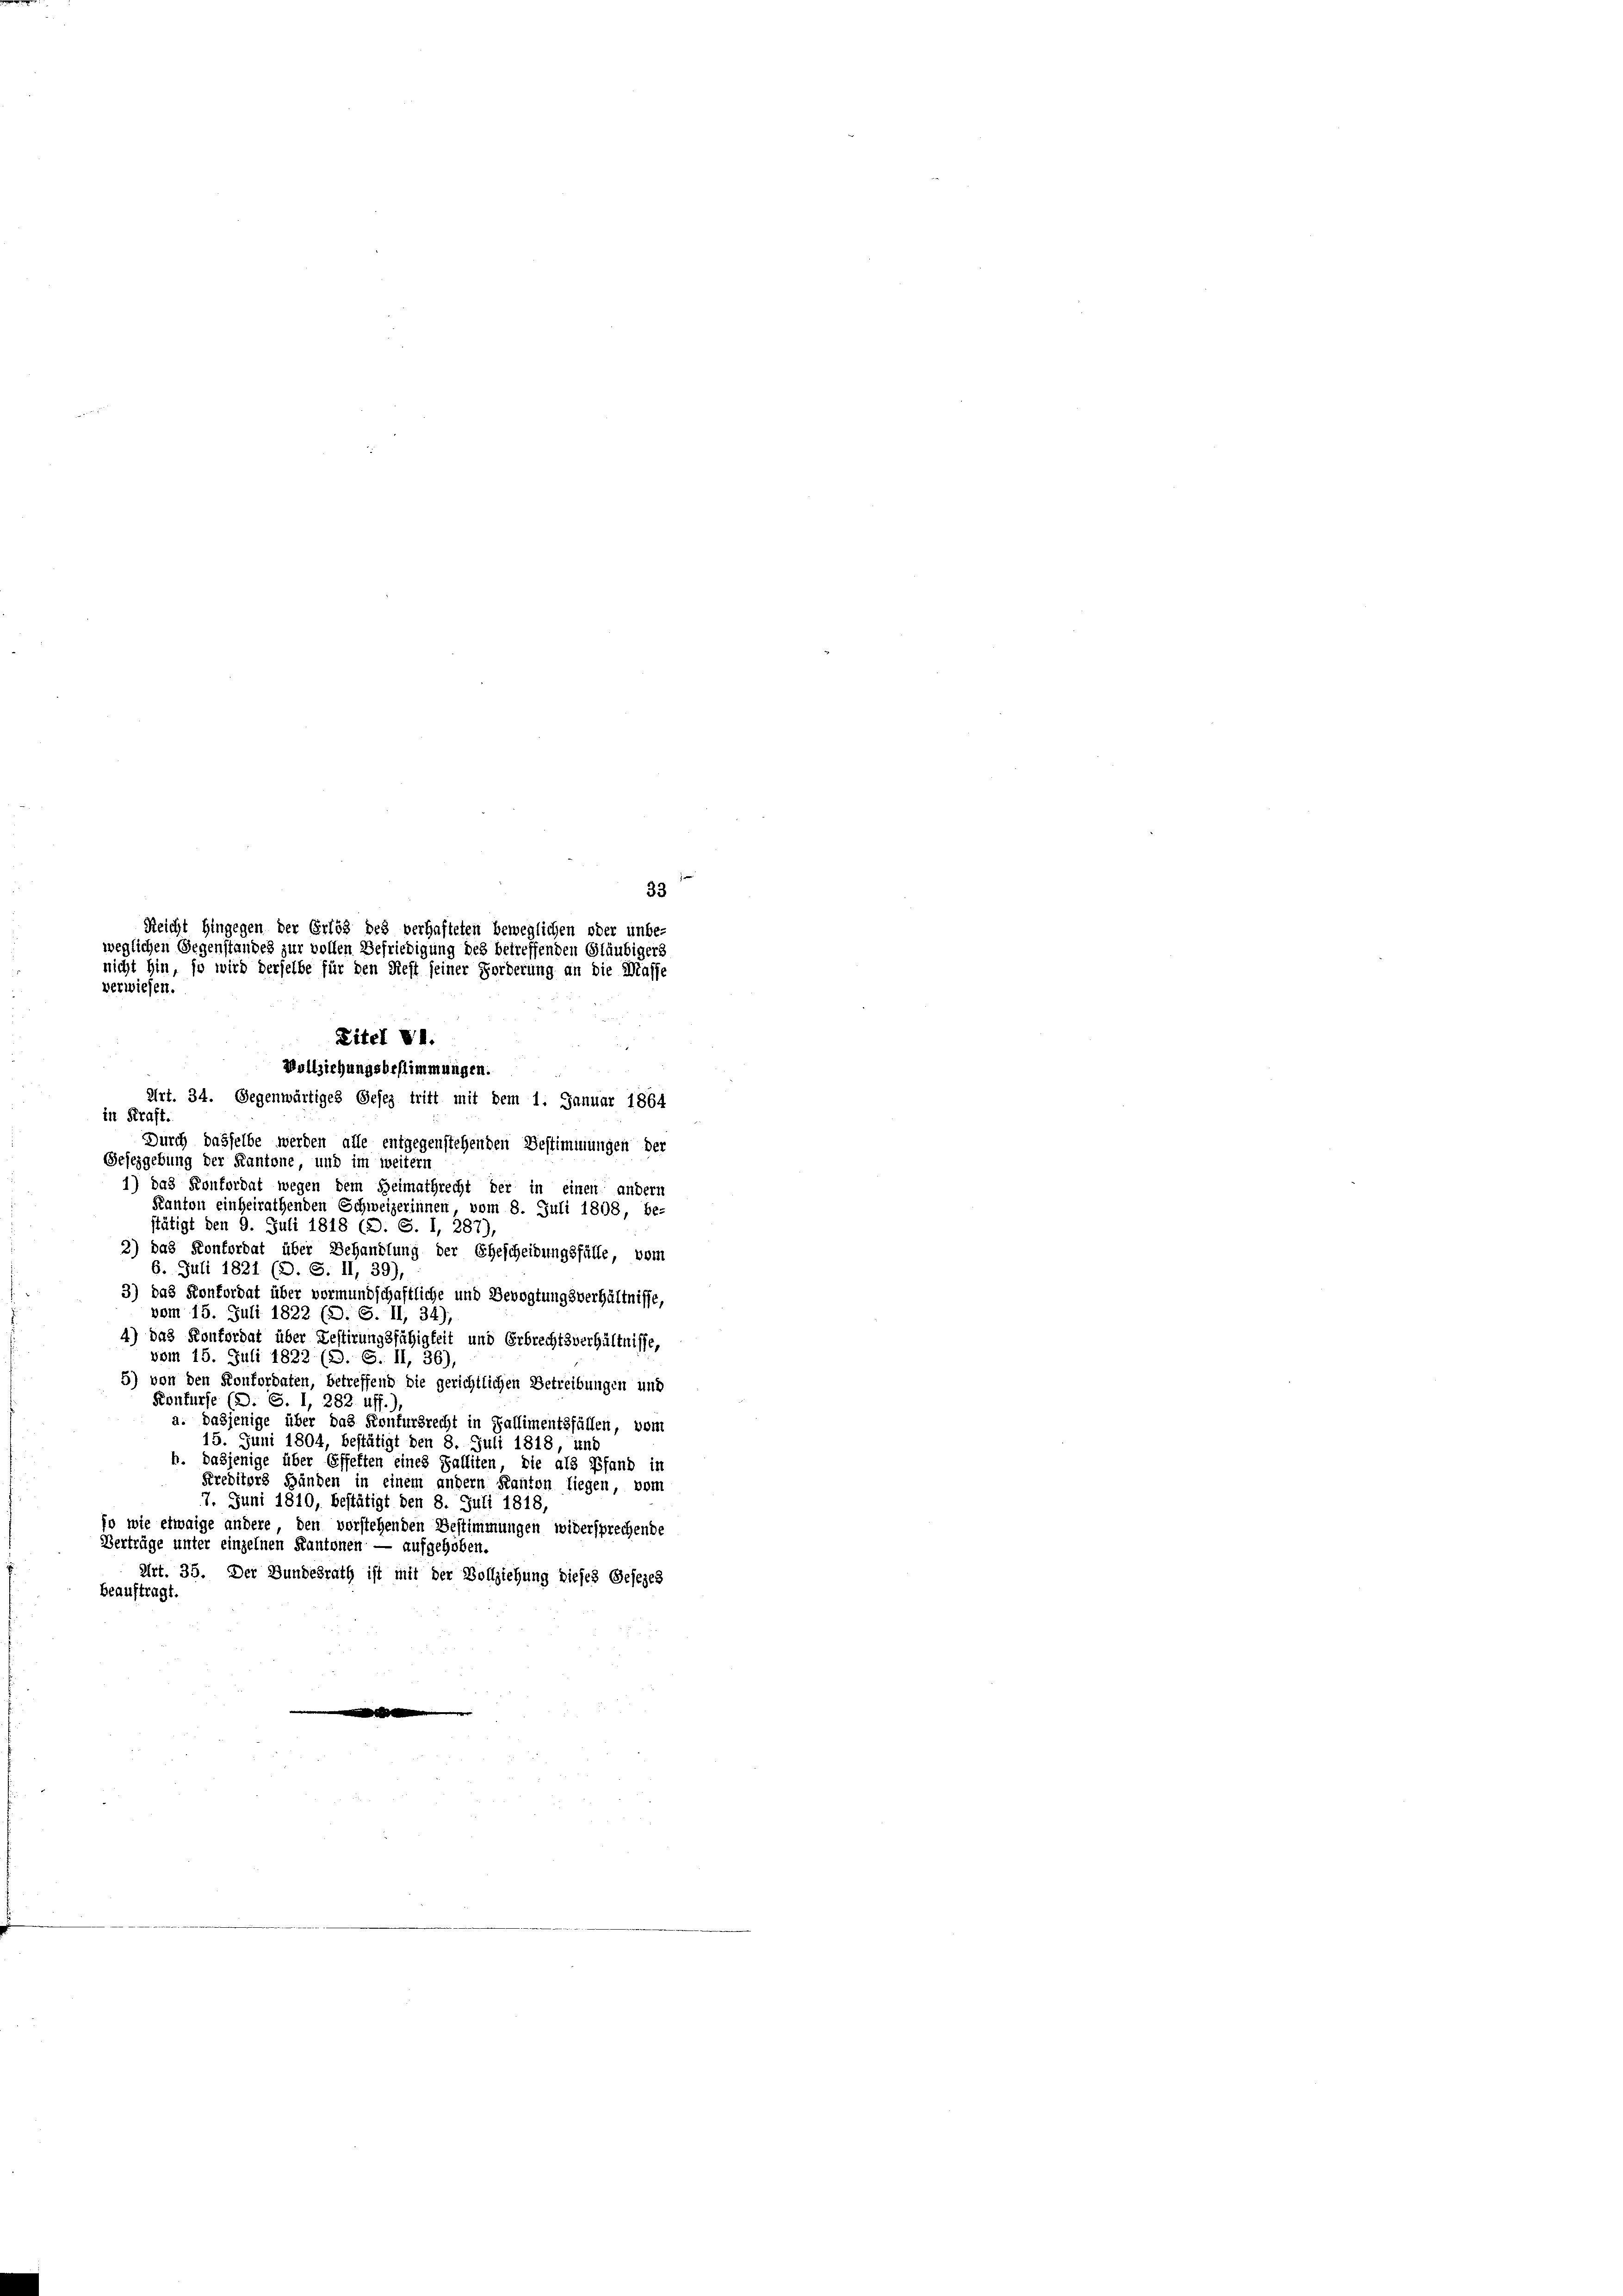
33
Reicht hingegen der Erlös des verhafteten beweglichen oder unbe-
weglichen Gegenstandes zur vollen Befriedigung des betreffenden Gläubigers
nicht hin, so wird derselbe für den Rest seiner Forderung an die Masse
verwiesen.

Zitel VI.
Vollziehungsbestimmungen.
Art. 34. Gegenwärtiges Gesez tritt mit dem 1. Januar 1864

in Kraft.
Durch dasselbe werden alle entgegenstehenden Bestimmungen der
Gesezgebung der Kantone und im weitern
1) das Konfordat wegen dem Heimathrecht der in einen andern
Kanton einheirathenden Schweizerinnen, vom 8. Juli 1808, be-
stätigt den 9. Juli 1818 (D. S. I, 287)
2) das Konfordat über Behandlung der Ehescheidungsfälle, vom
6. Juli 1821 (D. S. II, 39),
3) das Konfordat über vormundschaftliche und Bevogtungsverhältnisse,
vom 15. Juli 1822 (D. S. II, 34),
4) das Konfordat über Testirungsfähigkeit und Erbrechtsverhältnisse,
vom 15. Juli 1822 (D. S. II, 36),
5) von den Konfordaten, betreffend die gerichtlichen Betreibungen und
Konfurfe (D. S. I, 282 uff.),
a. dasjenige über das Konfursrecht in Fallimentsfällen, vom
15. Juni 1804, bestätigt den 8. Juli 1818, und
h. dasjenige über Effekten eines Falliten, die als Pfand in
Kreditors Händen in einem andern Kanton liegen, vom
7. Juni 1810, bestätigt den 8. Juli 1818,
so wie etwaige andere, den vorstehenden Bestimmungen widersprechende
Verträge unter einzelnen Kantonen — aufgehoben.
Art. 35. Der Bundesrath ist mit der Vollziehung dieses Gesezes
beauftragt.